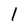
Character: I